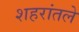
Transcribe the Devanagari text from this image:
शहरांतले